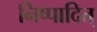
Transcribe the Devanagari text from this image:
निष्पादित्